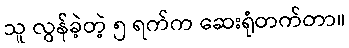
သူ လွန်ခဲ့တဲ့ ၅ ရက်က ဆေးရုံတက်တာ။